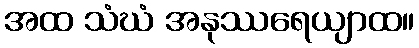
အထ သံဃံ အနုဿရေယျာထ။